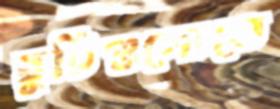
ছুটিগুলোতে